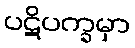
ပဋိပက္ခမှာ